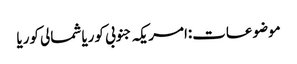
موضوعات:امریکہ جنوبی کوریا شمالی کوریا